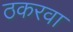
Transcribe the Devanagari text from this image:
ठकरवा